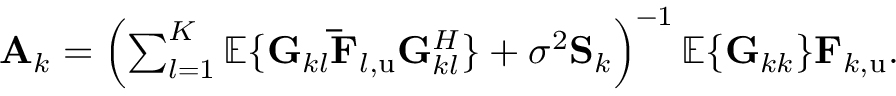
\begin{array} { r } { \mathbf { A } _ { k } = \left( \sum _ { l = 1 } ^ { K } { \mathbb { E } \{ \mathbf { G } _ { k l } \mathbf { \bar { F } } _ { l , \mathrm { u } } \mathbf { G } _ { k l } ^ { H } \} } + \sigma ^ { 2 } \mathbf { S } _ { k } \right) ^ { - 1 } \mathbb { E } \{ \mathbf { G } _ { k k } \} \mathbf { F } _ { k , \mathrm { u } } . } \end{array}